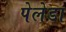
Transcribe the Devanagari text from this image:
पेलेडा